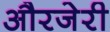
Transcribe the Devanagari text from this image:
औरजेरी